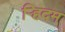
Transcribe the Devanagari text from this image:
र्‍हिदम